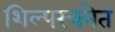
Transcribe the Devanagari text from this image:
शिल्परचनेत